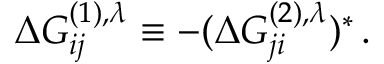
\Delta G _ { i j } ^ { ( 1 ) , \lambda } \equiv - ( \Delta G _ { j i } ^ { ( 2 ) , \lambda } ) ^ { * } \, .